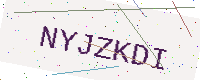
Text: NYJZKDI